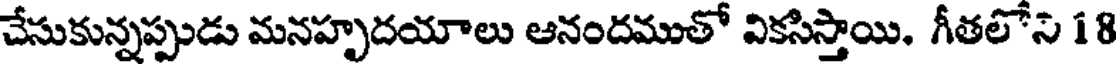
చేసుకున్నప్పుడు మనహృదయాలు ఆనందముతో వికసిస్తాయి. గీతలోని 18